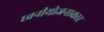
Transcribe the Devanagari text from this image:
ध्वनीयोजनाकार